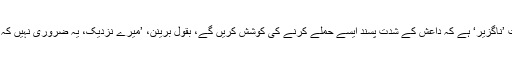
ایسے میں جب یہ بات ’ناگزیر‘ ہے کہ داعش کے شدت پسند ایسے حملے کرنے کی کوشش کریں گے، بقول برینن، ’میرے نزدیک، یہ ضروری نہیں کہ وہ کامیاب ہوں گے‘۔